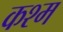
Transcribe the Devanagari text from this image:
कश्म